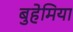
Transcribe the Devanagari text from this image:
बुहेमिया